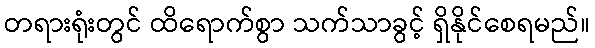
တရားရုံးတွင် ထိရောက်စွာ သက်သာခွင့် ရှိနိုင်စေရမည်။